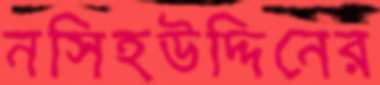
নসিহউদ্দিনের